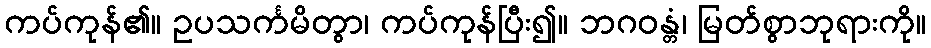
ကပ်ကုန်၏။ ဥပသင်္ကမိတွာ၊ ကပ်ကုန်ပြီး၍။ ဘဂဝန္တံ၊ မြတ်စွာဘုရားကို။